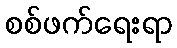
စစ်ဖက်ရေးရာ